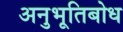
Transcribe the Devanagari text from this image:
अनुभूतिबोध